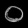
Digit: ၀